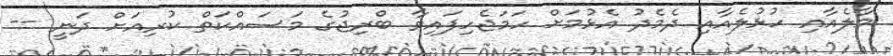
މާލެއާއި ހުޅުލެއާއި ދެމެދު އެޅުމަށް ހަމަޖެހިފައިވާ ބްރިޖުގެ މަަސައްކަތް ކުރިއަށް ދަނީ --